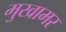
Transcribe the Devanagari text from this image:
मुखामर